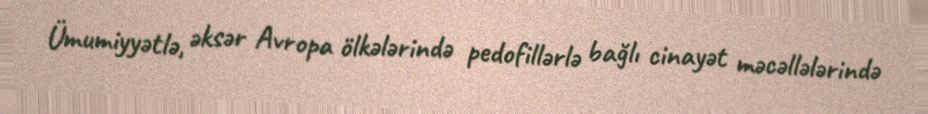
Ümumiyyətlə, əksər Avropa ölkələrində pedofillərlə bağlı cinayət məcəllələrində